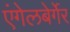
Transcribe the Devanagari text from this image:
एंगेलबेर्गेर